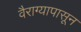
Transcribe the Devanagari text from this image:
वैराग्यापासून